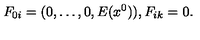
F _ { 0 i } = ( 0 , \ldots , 0 , E ( x ^ { 0 } ) ) , F _ { i k } = 0 .